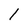
Character: 1